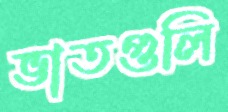
ভাতগুলি